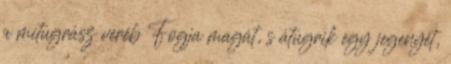
a mitugrász veréb Fogja magát, s átugrik egy jegenyét,